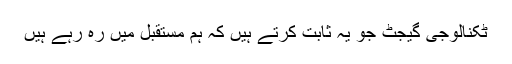
ٹکنالوجی گیجٹ جو یہ ثابت کرتے ہیں کہ ہم مستقبل میں رہ رہے ہیں